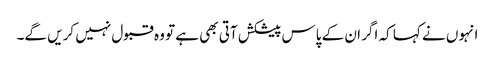
انہوں نے کہا کہ اگر ان کے پاس پیشکش آتی بھی ہے تو وہ قبول نہیں کریں گے۔